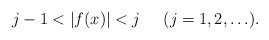
LaTeX: \begin{align*}j-1 < |f(x)| <j\;\;\;\;\;(j=1,2, \ldots).\end{align*}